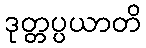
ဒုတ္တပ္ပယာတိ